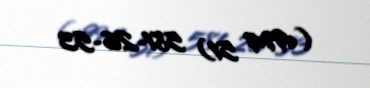
(+994 51) 581-26-53